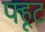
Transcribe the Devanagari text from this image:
फ्हूट